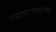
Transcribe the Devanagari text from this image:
वसाहतावाद्यांची